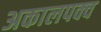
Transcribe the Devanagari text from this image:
अकालपक्व